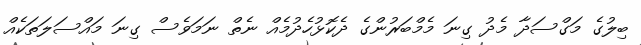
ބިލުގެ މަގްސަދާ މެދު ގިނަ މެމްބަރުންގެ ދެކޮޅުހެދުމެއް ނެތް ނަމަވެސް ގިނަ މައްސަލަތަކެއް